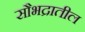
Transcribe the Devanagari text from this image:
सौभद्रातील